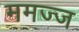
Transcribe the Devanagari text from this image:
ममज्ज